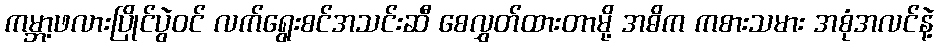
ကမ္ဘာ့ဖလားပြိုင်ပွဲဝင် လက်ရွေးစင်အသင်းဆီ စေလွှတ်ထားတာမို့ အဓိက ကစားသမား အစုံအလင်နဲ့